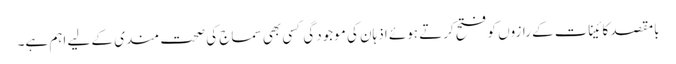
بامقصد کائینات کے رازوں کو فتح کرتے ہوئے اذہان کی موجودگی کسی بھی سماج کی صحت مندی کے لیے اہم ہے۔